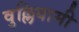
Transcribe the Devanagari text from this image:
वुल्लियामी